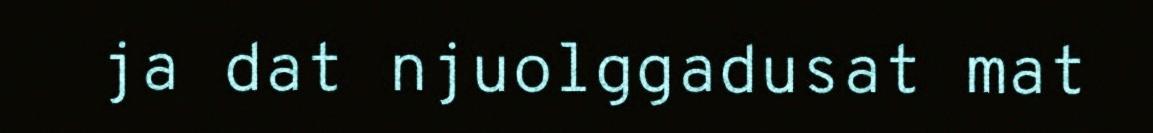
ja dat njuolggadusat mat